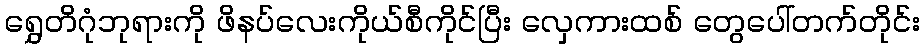
ရွှေတိဂုံဘုရားကို ဖိနပ်လေးကိုယ်စီကိုင်ပြီး လှေကားထစ် တွေပေါ်တက်တိုင်း